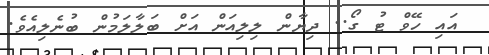
އައި ހޭވް ޓު ގޯ.. ދިޔާން ލިލިއަން އަށް ބަލާލަމުން ބުނެލިއެވެ.